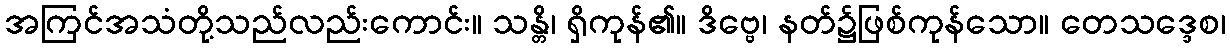
အကြင်အသံတို့သည်လည်းကောင်း။ သန္တိ၊ ရှိကုန်၏။ ဒိဗ္ဗေ၊ နတ်၌ဖြစ်ကုန်သော။ တေသဒ္ဒေစ၊